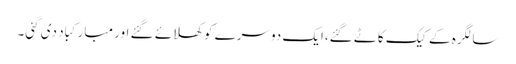
سالگرہ کے کیک کاٹے گئے،ایک دوسرے کو کھلائے گئے اور مبارکباد دی گئی۔